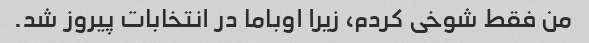
من فقط شوخی کردم، زیرا اوباما در انتخابات پیروز شد.